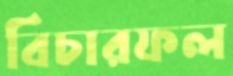
বিচারফল